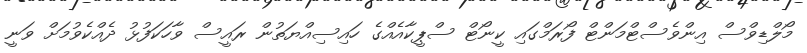
މޯލްޑިވްސް އިންވެސްޓްމަންޓް ފޯރަމްގައި ކީނޯޓް ސްޕީކާއެއްގެ ހައިސިއްޔަތުން ރައީސް ވާހަކަފުޅު ދެއްކެވުމަށް ވަނީ